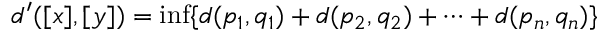
d ^ { \prime } ( [ x ] , [ y ] ) = \operatorname* { i n f } \{ d ( p _ { 1 } , q _ { 1 } ) + d ( p _ { 2 } , q _ { 2 } ) + \dotsb + d ( p _ { n } , q _ { n } ) \}